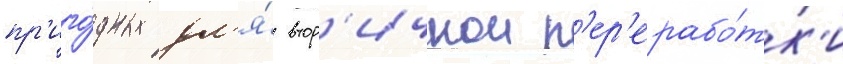
пр'иго́дных дл'я́ втор'ичнои п'ер'ерабо́тк'и